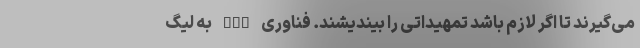
می‌گیرند تا اگر لازم باشد تمهیداتی را بیندیشند. فناوری VAR به لیگ